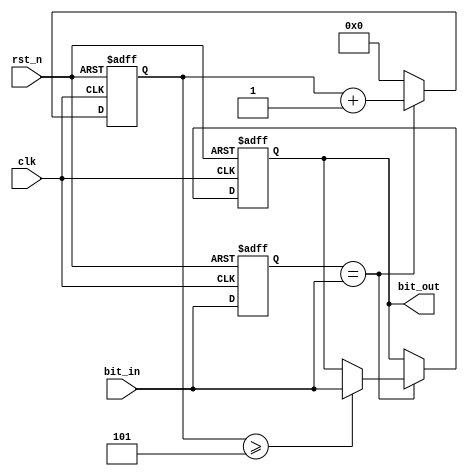
module infra_filter(clk,rst_n,bit_in,bit_out);
input clk,rst_n,bit_in;
output bit_out;
reg bit_out;
reg buffer; 
reg [9:0]counter; 
always@(posedge clk or negedge rst_n)
begin
if(rst_n==1'b0)
	begin
		bit_out<=1'b0; 
		buffer<=1'b0; 
		counter<=0; 
	end
else
	begin
			if(buffer==bit_in)
				begin
				counter<=counter+1'b1; 
				if(counter>=5)
					begin
					bit_out<=bit_in; 		
					end
				else
					begin
					bit_out<=bit_out; 				
					end			
				end
			else
				begin
				counter<=0; 
				end
			buffer<=bit_in; 
	end
end//always
endmodule